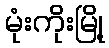
မုံးကိုးမြို့